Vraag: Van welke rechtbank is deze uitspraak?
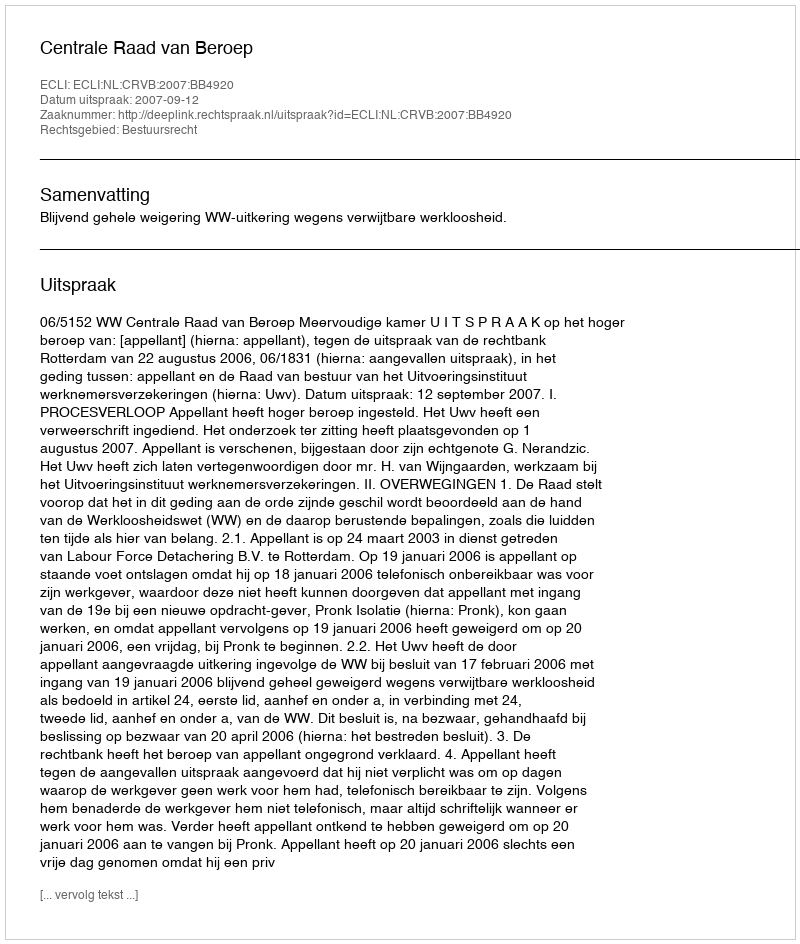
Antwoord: Centrale Raad van Beroep